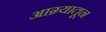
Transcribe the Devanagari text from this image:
आग्र्यातून